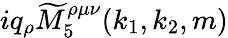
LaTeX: iq_{\rho}\widetilde{M}_{5}^{\rho\mu\nu}(k_{1},k_{2},m)